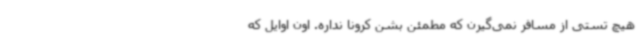
هیچ تستی از مسافر نمی‌گیرن که مطمئن بشن کرونا نداره. اون اوایل که